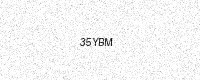
Text: 35YBM